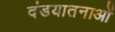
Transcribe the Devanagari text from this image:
दंडयातनाओं